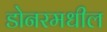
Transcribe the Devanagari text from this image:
डोनरमधील